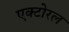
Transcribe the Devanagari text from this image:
एक्टोरल